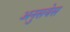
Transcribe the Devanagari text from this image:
अनुसयेस